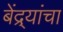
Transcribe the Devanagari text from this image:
बेंद्र्यांचा